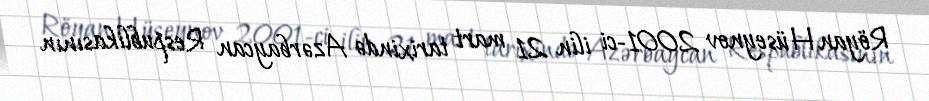
Röyan Hüseynov 2001-ci ilin 21 mart tarixində Azərbaycan Respublikasının